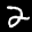
Label: 2